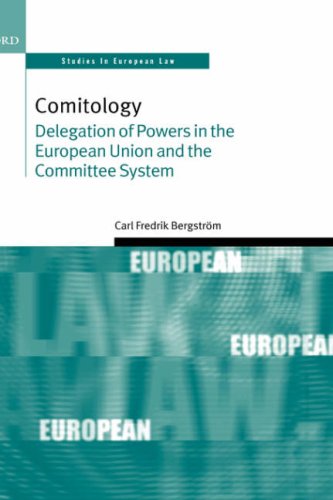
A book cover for Comitology: Delegation of Powers in the European Union and the Committee System (Oxford Studies in European Law); Carl Fredrik BergstrÃ¶m; Law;